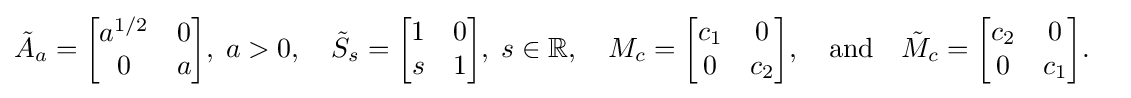
{\begin{aligned}&{\tilde {A}}_{a}={\begin{bmatrix}a^{1/2}&0\\0&a\end{bmatrix}},\;a>0,\quad {\tilde {S}}_{s}={\begin{bmatrix}1&0\\s&1\end{bmatrix}},\;s\in \mathbb {R} ,\quad M_{c}={\begin{bmatrix}c_{1}&0\\0&c_{2}\end{bmatrix}},\quad {\text{and}}\quad {\tilde {M}}_{c}={\begin{bmatrix}c_{2}&0\\0&c_{1}\end{bmatrix}}.\end{aligned}}